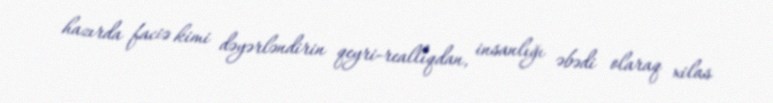
hazırda faciə kimi dəyərləndirin qeyri-reallıqdan, insanlığı əbədi olaraq xilas